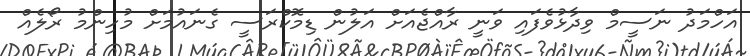
އަހްމަދު ނަސީމް ވިދާޅުވެފައި ވަނީ ރާއްޖެއަށް އަލުން ޑިމޮކްރަސީ ގެނައުމަށް މުހިންމު ރޯލެއް